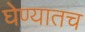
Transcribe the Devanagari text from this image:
घेण्यातच